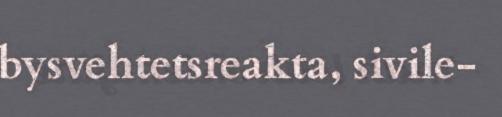
bysvehtetsreakta, sivile-